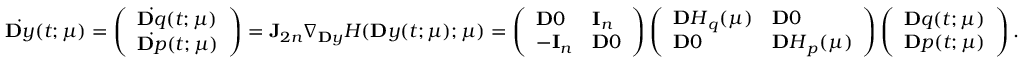
\dot { \ensuremath Ḋ \mathbf Ḋ y Ḍ Ḍ } ( t ; \ensuremath { \boldsymbol Ḋ \mu Ḍ } ) = \left( \begin{array} { l } { \dot { \ensuremath Ḋ \mathbf Ḋ q Ḍ Ḍ } ( t ; \ensuremath { \boldsymbol Ḋ \mu Ḍ } ) } \\ { \dot { \ensuremath Ḋ \mathbf Ḋ p Ḍ Ḍ } ( t ; \ensuremath { \boldsymbol Ḋ \mu Ḍ } ) } \end{array} \right) = \mathbf J _ { 2 n } \nabla _ { \ensuremath Ḋ \mathbf Ḋ y Ḍ Ḍ } H ( \ensuremath { \mathbf Ḋ y Ḍ } ( t ; \ensuremath { \boldsymbol Ḋ \mu Ḍ } ) ; \ensuremath { \boldsymbol Ḋ \mu Ḍ } ) = \left( \begin{array} { l l } { \ensuremath { \mathbf Ḋ 0 Ḍ } } & { \mathbf I _ { n } } \\ { - \mathbf I _ { n } } & { \ensuremath { \mathbf Ḋ 0 Ḍ } } \end{array} \right) \left( \begin{array} { l l } { \ensuremath { \mathbf Ḋ H Ḍ } _ { q } ( \ensuremath { \boldsymbol Ḋ \mu Ḍ } ) } & { \ensuremath { \mathbf Ḋ 0 Ḍ } } \\ { \ensuremath { \mathbf Ḋ 0 Ḍ } } & { \ensuremath { \mathbf Ḋ H Ḍ } _ { p } ( \ensuremath { \boldsymbol Ḋ \mu Ḍ } ) } \end{array} \right) \left( \begin{array} { l } { \ensuremath { \mathbf Ḋ q Ḍ } ( t ; \ensuremath { \boldsymbol Ḋ \mu Ḍ } ) } \\ { \ensuremath { \mathbf Ḋ p Ḍ } ( t ; \ensuremath { \boldsymbol Ḋ \mu Ḍ } ) } \end{array} \right) .